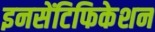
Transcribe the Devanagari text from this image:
इनसेंटिफिकेशन